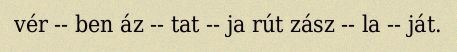
vér -- ben áz -- tat -- ja rút zász -- la -- ját.